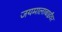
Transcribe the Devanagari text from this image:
जयमालाबाईंवर